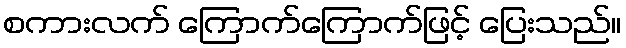
စကားလက် ကြောက်ကြောက်ဖြင့် ပြေးသည်။